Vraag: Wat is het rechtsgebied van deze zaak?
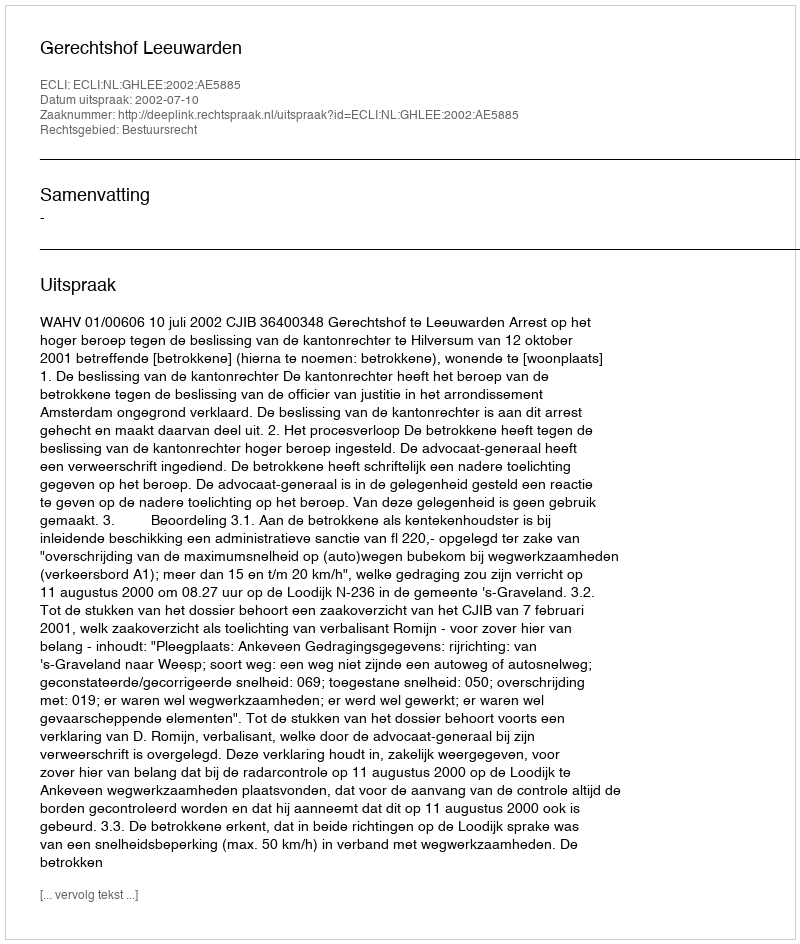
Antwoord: Bestuursrecht